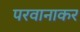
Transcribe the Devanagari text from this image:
परवानाकर